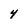
Character: 4